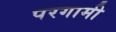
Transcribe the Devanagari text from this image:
परगामी